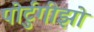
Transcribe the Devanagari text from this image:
पोर्टुगीझो